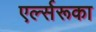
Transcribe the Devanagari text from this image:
एर्ल्सरूका